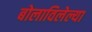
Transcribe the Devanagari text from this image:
बोलाविलेल्या